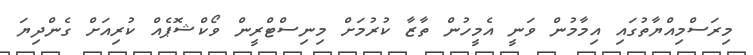
މިރަސްމިއްޔާތުގައި އިމާމުން ވަނީ އެމީހުން ތާޒާ ކުރުމަށް މިނިސްޓްރީން ވޯކްޝޮޕެއް ކުރިއަށް ގެންދިޔަ